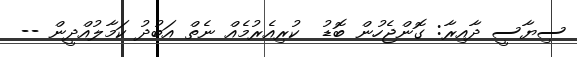
ސިޔާސީ ދާއިރާ: ގޮންޖެހުން ބޮޑު  ކުރިއެރުމެއް ނެތް އަބުދު ކަމާލުއްދީން --